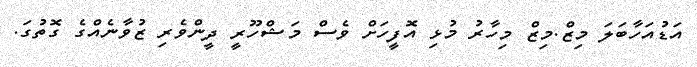
އަޑުއަހާބަލަ މިޒް.މިޒް މިހާރު މުޅި އޮފީހަށް ވެސް މަޝްހޫރީ ދީންވެރި ޒުވާނެއްގެ ގޮތުގަ.